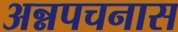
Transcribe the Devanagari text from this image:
अन्नपचनास